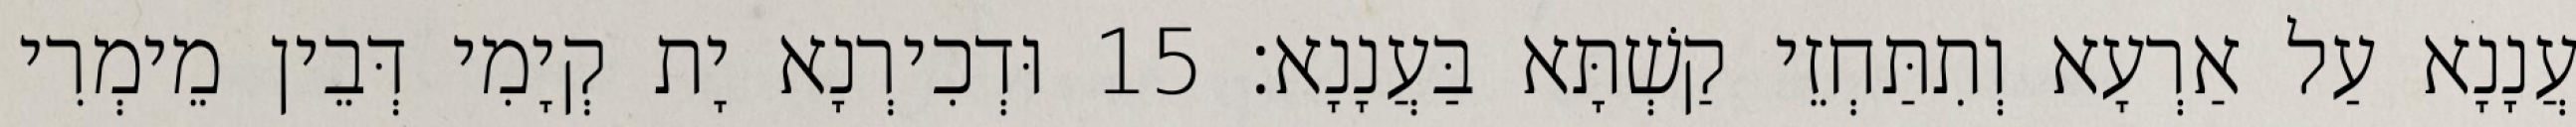
עֲנָנָא עַל אַרְעָא וְתִתַּחְזֵי קַשְׁתָּא בַּעֲנָנָא׃ 15 וּדְכִירְנָא יָת קְיָמִי דְּבֵין מֵימְרִי